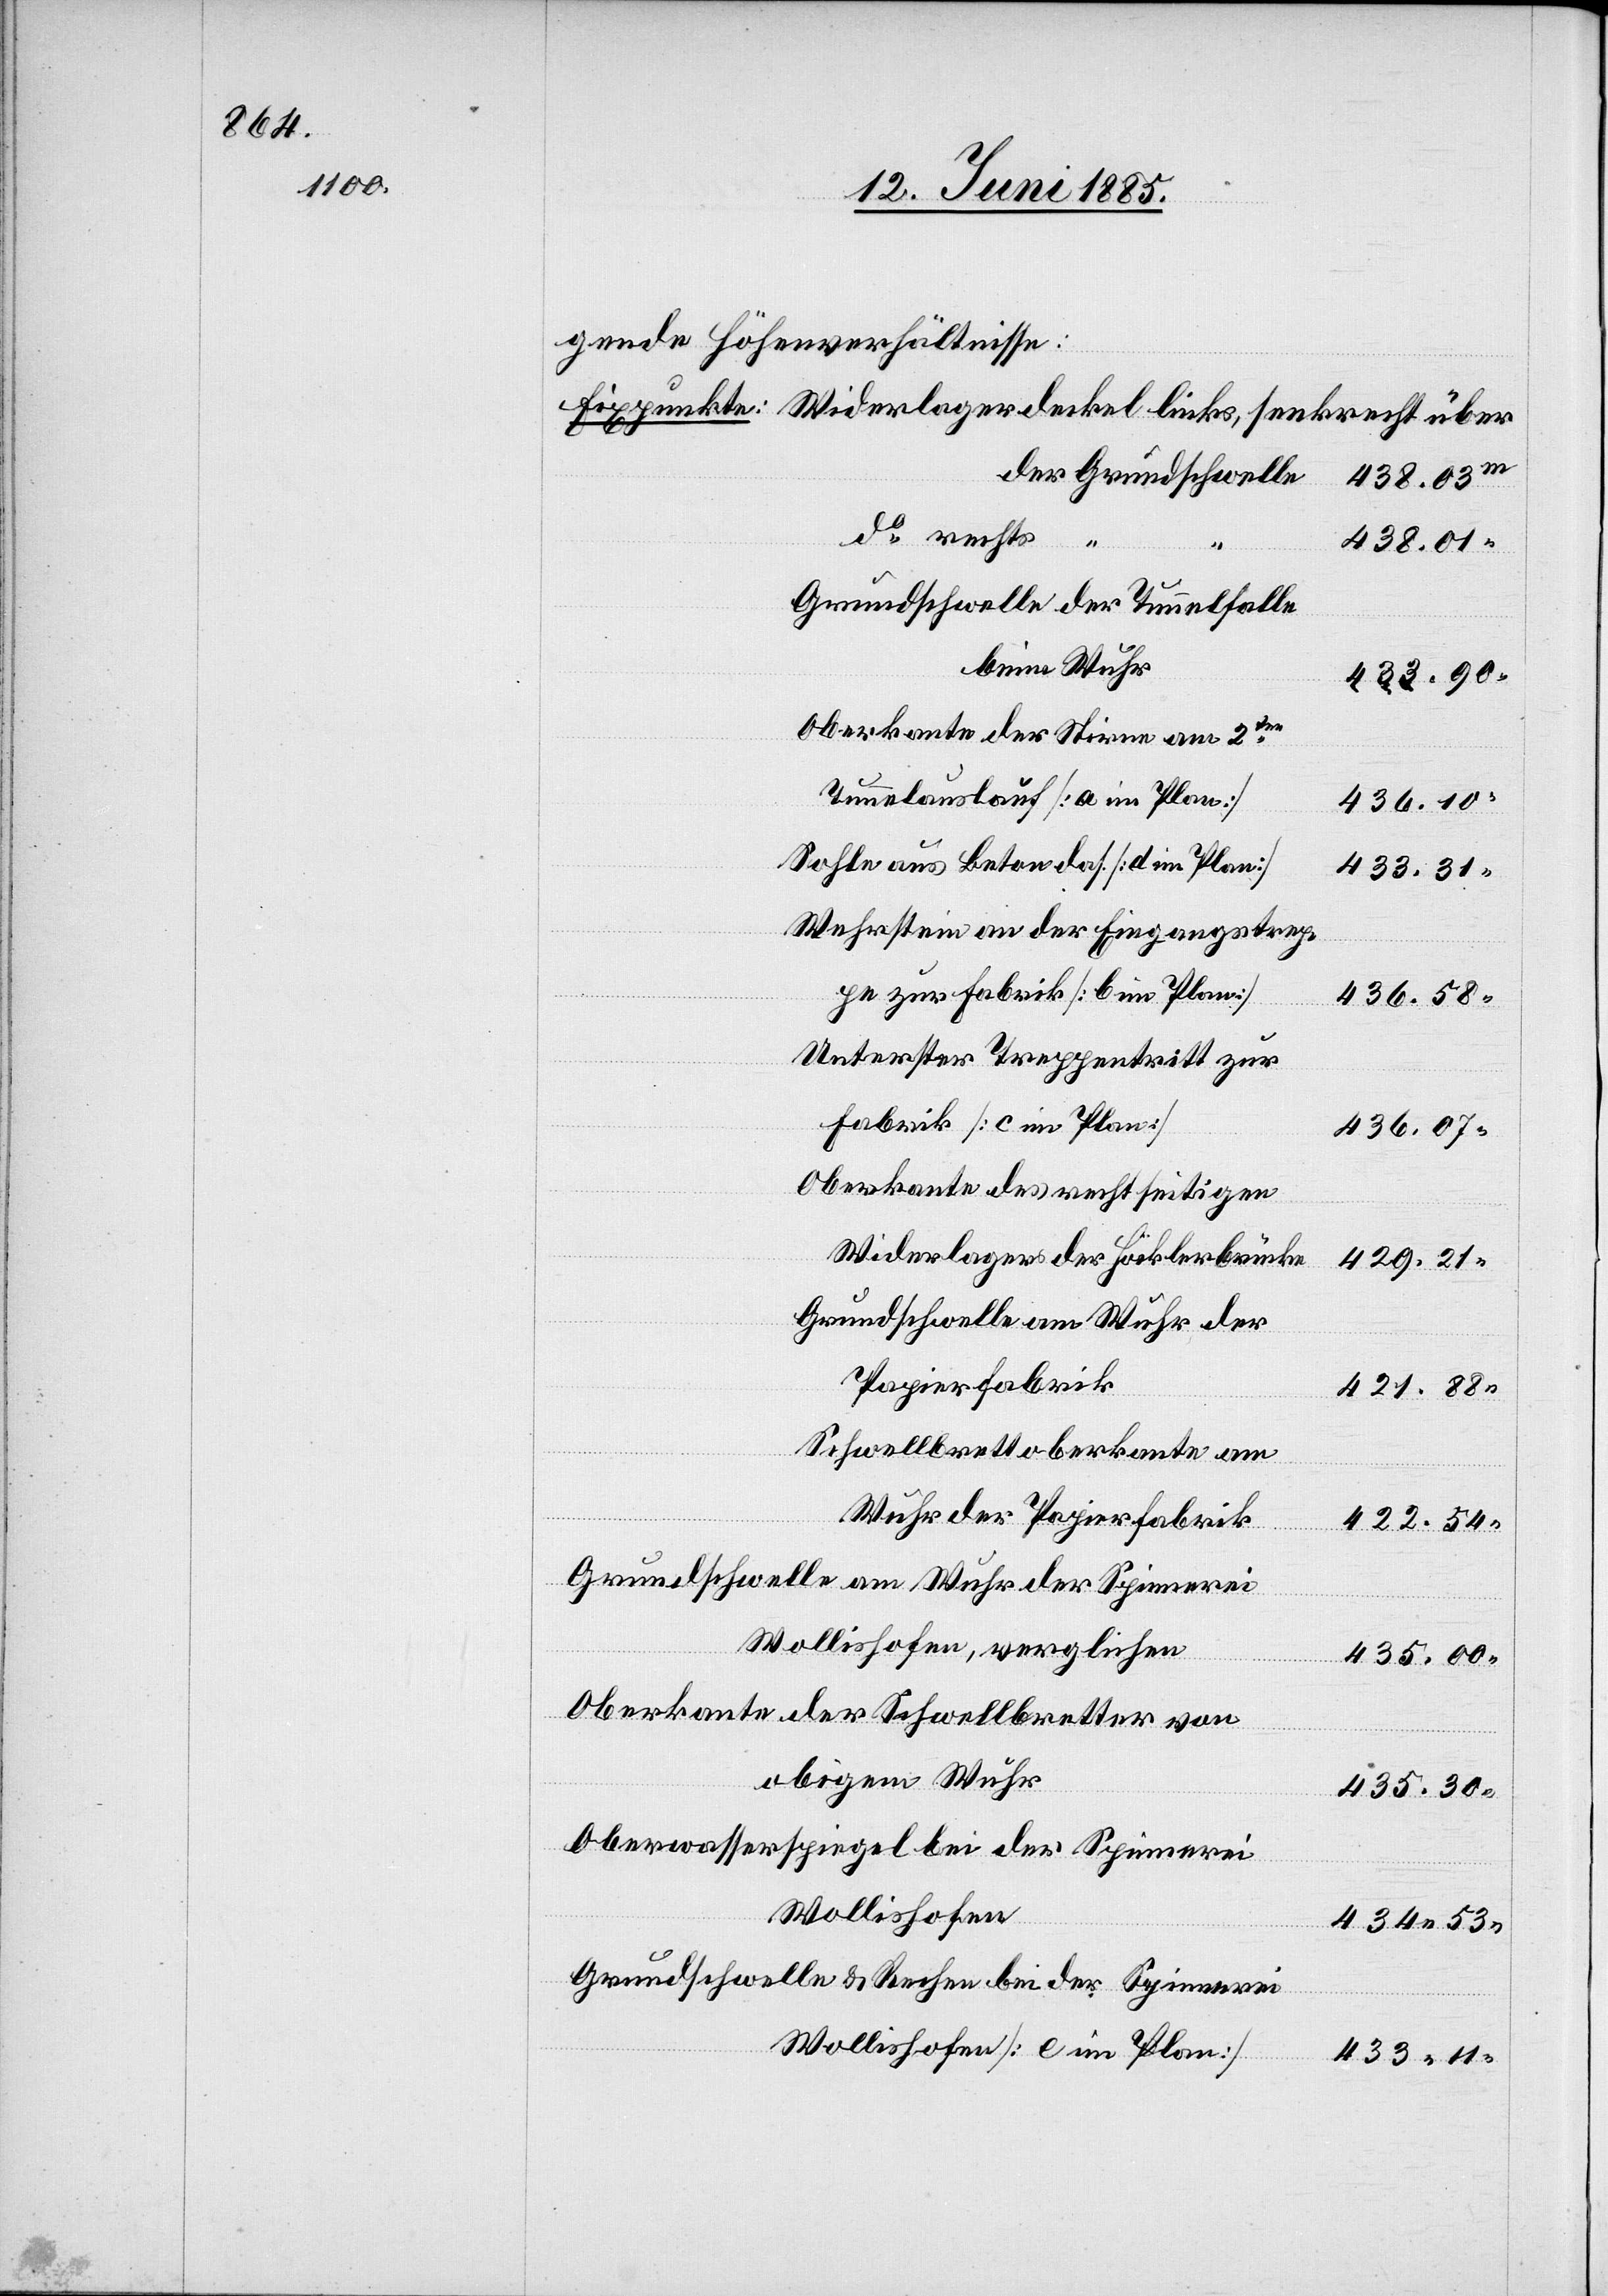
gende Höhenverhältnisse:
438.03
do rechts
“
438.01
Grundschwelle der Tunnelfalle
beim Wuhr
433.90
Oberkante der Stirne am 2ten
Tunnelauslauf [a im Plan]
436.10
Sohle aus Beton das. [d im Plan]
433.31
Wehrstein an der Eingangstrep¬
pe zur Fabrik [b im Plan]
436.58
Unterster Treppentritt zur
Fabrik [c im Plan]
436.07
Oberkante des rechtseitigen
Widerlagers der Höcklerbrücke
429.21
Grundschwelle am Wuhr der
Papierfabrik
421.88
Schwellbrettoberkante am
Wuhr der Papierfabrik
422.54
Grundschwelle am Wuhr der Spinnerei
Wollishofen, verglichen
435.00
Oberkante der Schwellbretter von
obigem Wuhr
435.30
Oberwasserspiegel bei der Spinnerei
Wollishofen
434.53
Grundschwelle & Rechen bei der Spinnerei
Wollishofen [c im Plan]
433.11